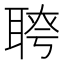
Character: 𦖔